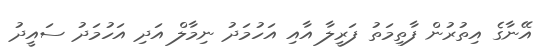
އޭނާގެ އިތުރުން ފާތިމަތު ފަރީލާ އާއި އަހުމަދު ނިމާލް އަދި އަހުމަދު ސައީދު